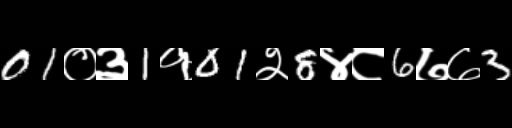
Text: 01०३1१01२8४८6७७3